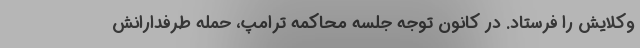
وکلایش را فرستاد. در کانون توجه جلسه محاکمه ترامپ، حمله طرفدارانش